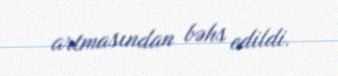
artmasından bəhs edildi.